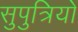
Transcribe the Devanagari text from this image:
सुपुत्रियों